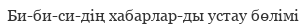
Би-би-си-дің хабарлар-ды устау бөлімі